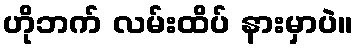
ဟိုဘက် လမ်းထိပ် နားမှာပဲ။